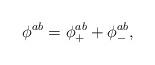
LaTeX: \begin{align*}\phi ^{ab}=\phi _{+}^{ab}+\phi _{-}^{ab},\end{align*}